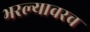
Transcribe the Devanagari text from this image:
भरल्यावरच